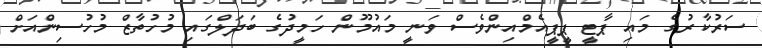
ސަރުކާރުގެ މައި ޕާޓީ ޕީޕީއެމްއިންވެސް ވަނީ މައުމޫން ހަމީދުގެ ބަދަލްގައި މުހުތާޒް މުހުސިންއަށް